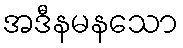
အဒီနမနသော